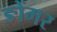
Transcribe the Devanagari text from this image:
ङोंगर